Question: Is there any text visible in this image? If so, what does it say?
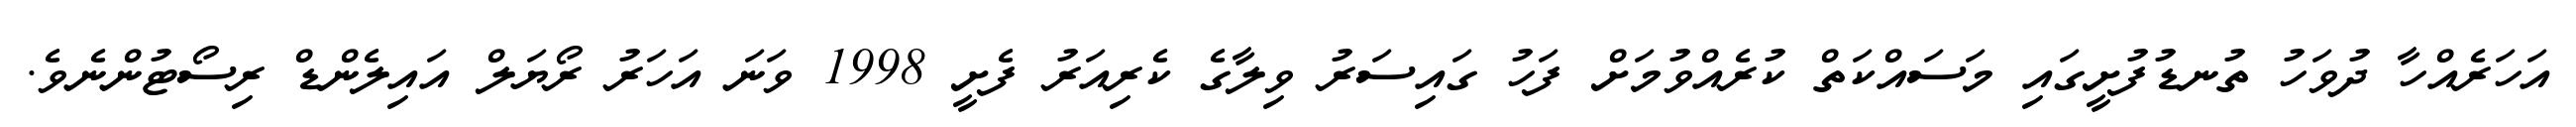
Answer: އަހަރެއްހާ ދުވަހު ތުނޑުފުށީގައި މަސައްކަތް ކުރެއްވުމަށް ފަހު ގައިސަރު ވިލާގެ ކެރިއަރު ފެށީ 1998 ވަނަ އަހަރު ރޯޔަލް އައިލެންޑް ރިސޯޓުންނެވެ.